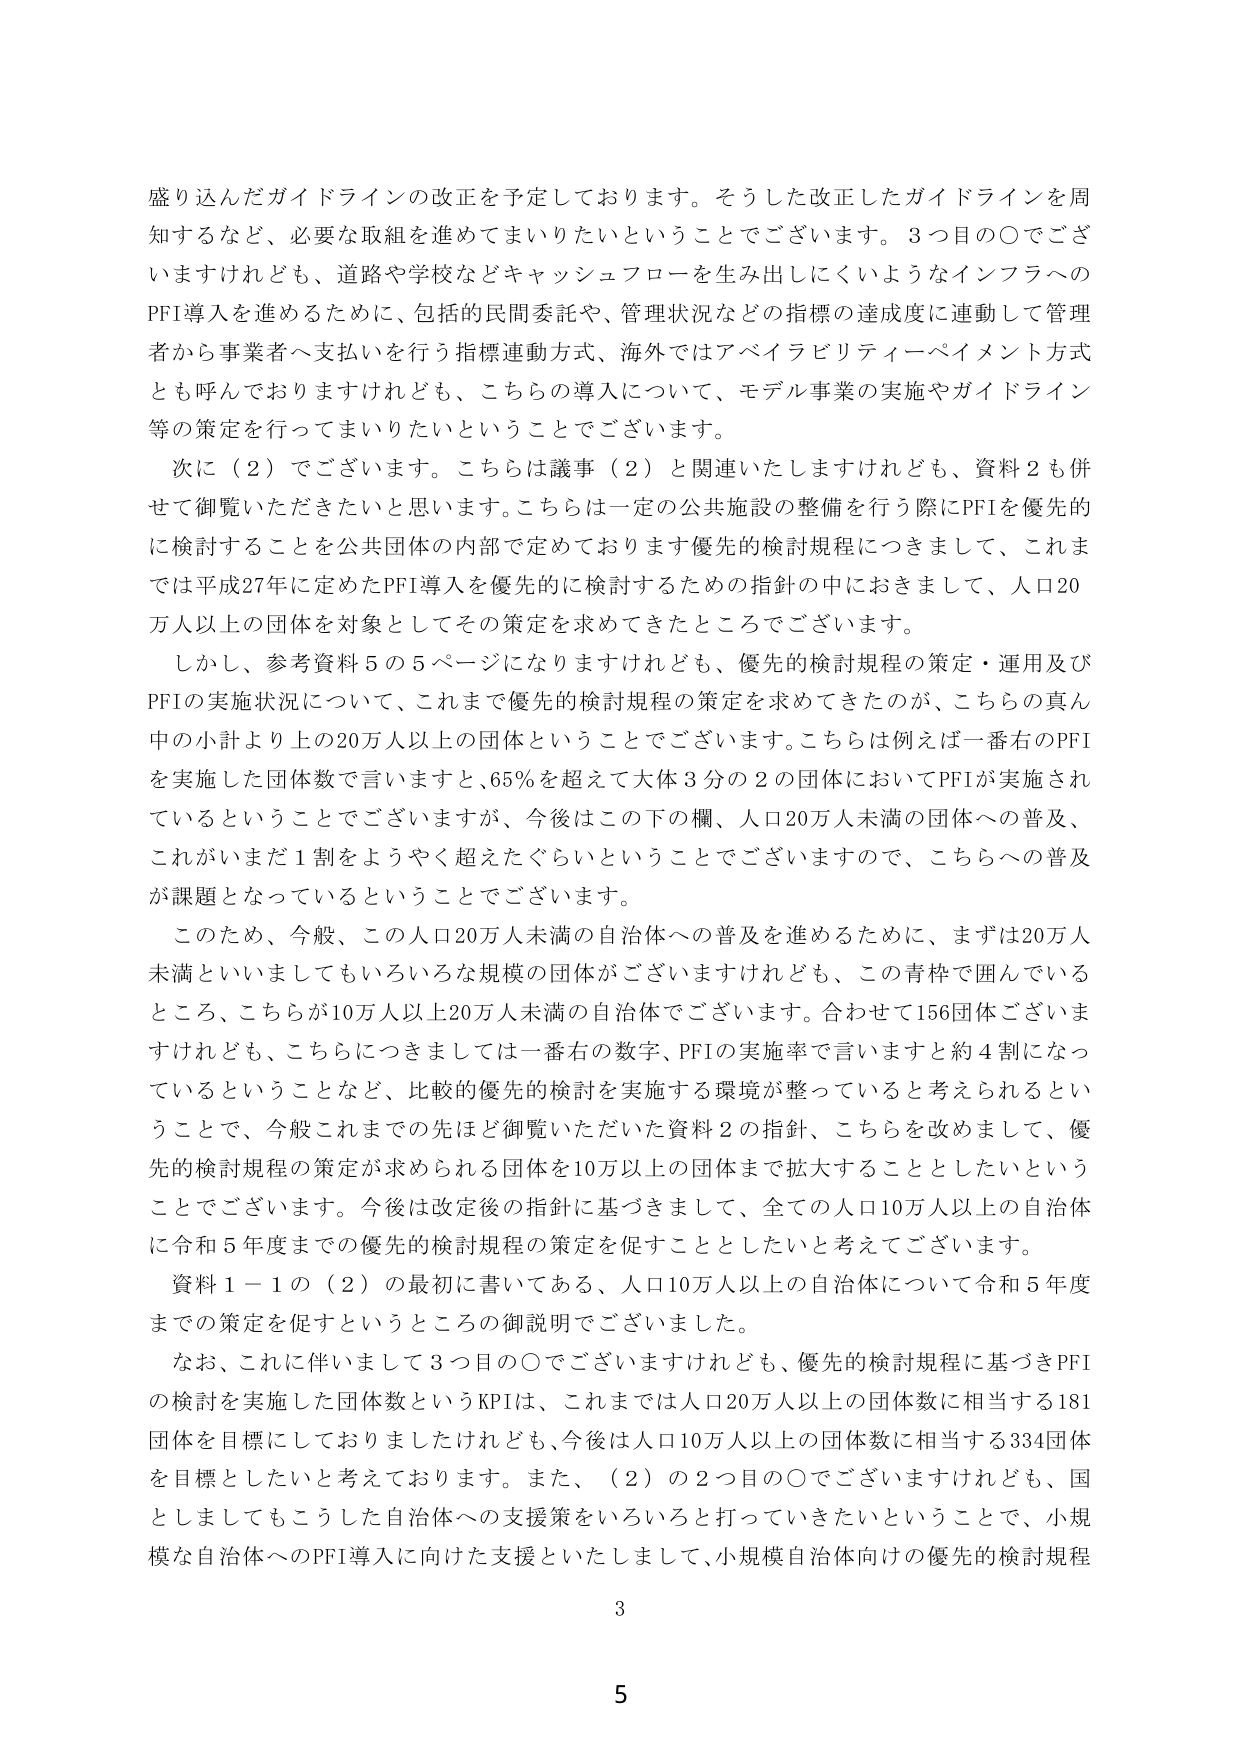
盛り込んだガイドラインの改正を予定しております。そうした改正したガイドラインを周知するなど、必要な取組を進めてまいりたいということでございます。3つ目の〇でございますけれども、道路や学校などキャッシュフローを生み出しにくいようなインフラへのPFI導入を進めるために、包括的民間委託や、管理状況などの指標の達成度に連動して管理者から事業者へ支払いを行う指標連動方式、海外ではアベイラビリティーペイメント方式とも呼んでおりますけれども、こちらの導入について、モデル事業の実施やガイドライン等の策定を行ってまいりたいということでございます。

次に（2）でございます。こちらは議事（2）と関連いたしますけれども、資料2も併せて御覧いただきたいと思います。こちらは一定の公共施設の整備を行う際にPFIを優先的に検討することを公共団体の内部で定めております優先的検討規程につきまして、これまでは平成27年に定めたPFI導入を優先的に検討するための指針の中におきまして、人口20万人以上の団体を対象としてその策定を求めてきたところでございます。

しかし、参考資料5の5ページになりますけれども、優先的検討規程の策定・運用及びPFIの実施状況について、これまで優先的検討規程の策定を求めてきたのが、こちらの真ん中の小計より上の20万人以上の団体ということでございます。こちらは例えば一番右のPFIを実施した団体数で言いますと、65％を超えて大体3分の2の団体においてPFIが実施されているということでございますが、今後はこの下の欄、人口20万人未満の団体への普及、これがまだ1割をようやく超えたぐらいということでございますので、こちらへの普及が課題となっているということでございます。

このため、今般、この人口20万人未満の自治体への普及を進めるために、まずは20万人未満といいましてもいろいろな規模の団体がございますけれども、この青枠で囲んでいるところ、こちらが10万人以上20万人未満の自治体でございます。合わせて156団体ございますけれども、こちらにつきましては一番右の数字、PFIの実施率で言いますと約4割になっているということなど、比較的優先的検討を実施する環境が整っていると考えられるということで、今般これまでの先ほど御覧いただいた資料2の指針、こちらを改めまして、優先的検討規程の策定が求められる団体を10万人以上の団体まで拡大することとしたいということでございます。今後は改定後の指針に基づきまして、全ての人口10万人以上の自治体に令和5年度までの優先的検討規程の策定を促すこととしたいと考えております。

資料1－1の（2）の最初に書いてある、人口10万人以上の自治体について令和5年度までの策定を促すというところの御説明でございました。

なお、これに伴いまして3つ目の〇でございますけれども、優先的検討規程に基づきPFIの検討を実施した団体数というKPIは、これまでは人口20万人以上の団体数に相当する181団体を目標にしておりましたけれども、今後は人口10万人以上の団体数に相当する334団体を目標としたいと考えております。また、（2）の2つ目の〇でございますけれども、国としましてもこうした自治体への支援策をいろいろと打っていきたいということで、小規模な自治体へのPFI導入に向けた支援といたしまして、小規模自治体向けの優先的検討規程

3

5